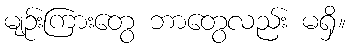
မျဉ်းကြားတွေ ဘာတွေလည်း မရှိ။